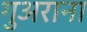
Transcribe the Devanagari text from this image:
गुअराना